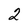
Character: 2